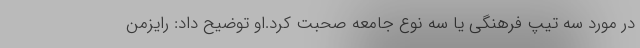
در مورد سه تیپ فرهنگی یا سه نوع جامعه صحبت کرد.او توضیح داد: رایزمن